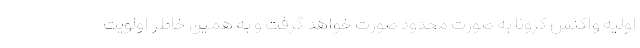
اولیه واکنس کرونا به صورت محدود صورت خواهد گرفت و به همین خاطر اولویت